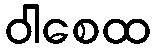
ဝါစေထ